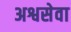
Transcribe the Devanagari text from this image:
अश्वसेवा